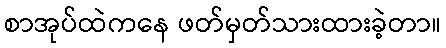
စာအုပ်ထဲကနေ ဖတ်မှတ်သားထားခဲ့တာ။